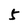
Character: 5